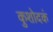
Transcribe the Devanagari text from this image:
कुशोदकं